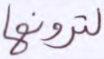
لترونها